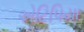
એટિપિયા